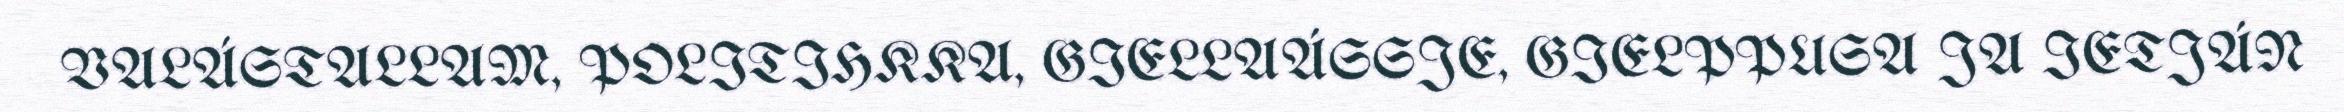
VALÁSTALLAM, POLITIHKKA, GIELLAÁSSJE, GIELPPUSA JA IETJÁN